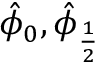
\hat { \phi } _ { 0 } , \hat { \phi } _ { \frac { 1 } { 2 } }